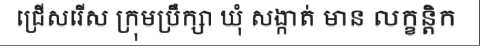
ជ្រើសរើស ក្រុមប្រឹក្សា ឃុំ សង្កាត់ មាន លក្ខន្តិក